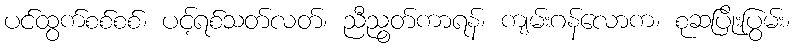
ပင်ထွက်စစ်စစ်၊ ပင့်ရစ်သတ်လတ်၊ ညီညွတ်ကာရန်၊ ကျမ်းဂန်လောက၊ စုဆပြိုးပြွမ်း၊